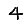
Digit: 4